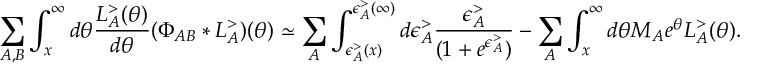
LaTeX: \sum _ { A , B } \int _ { x } ^ { \infty } d \theta \frac { L _ { A } ^ { > } ( \theta ) } { d \theta } ( \Phi _ { A B } * L _ { A } ^ { > } ) ( \theta ) \simeq \sum _ { A } \int _ { \epsilon _ { A } ^ { > } ( x ) } ^ { \epsilon _ { A } ^ { > } ( \infty ) } d \epsilon _ { A } ^ { > } \frac { \epsilon _ { A } ^ { > } } { ( 1 + e ^ { \epsilon _ { A } ^ { > } } ) } - \sum _ { A } \int _ { x } ^ { \infty } d \theta M _ { A } e ^ { \theta } L _ { A } ^ { > } ( \theta ) .